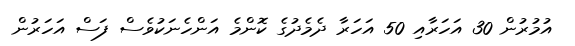
އުމުރުން 30 އަހަރާއި 50 އަހަރާ ދެމެދުގެ ކޮންމެ އަންހެނަކުވެސް ފަސް އަހަރުން